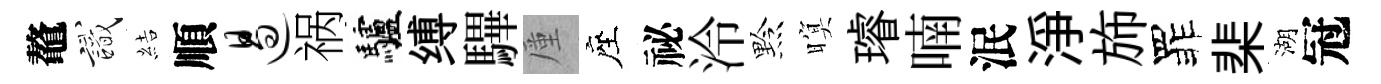
鼇識結順遏祸驢缚驆厪座祕泠黔暝璿喃泯浄斾罪棐湖冠